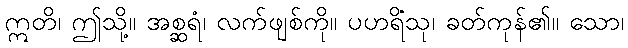
ဣတိ၊ ဤသို့။ အစ္ဆရံ၊ လက်ဖျစ်ကို။ ပဟရိံသု၊ ခတ်ကုန်၏။ သော၊